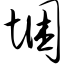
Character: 悃